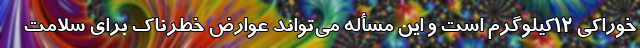
خوراکی ۱۲کیلوگرم است و این مسأله می‌تواند عوارض خطرناک برای سلامت